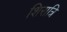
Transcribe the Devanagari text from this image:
शिरात्रि